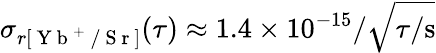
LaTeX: \sigma_{r[\mathrm{~Y~b~}^{+}\mathrm{~/~S~r~}]}(\tau)\approx 1.4\times 10^{-15}/\sqrt{\tau/\mathrm{s}}